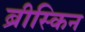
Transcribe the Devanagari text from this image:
ब्रीस्किन